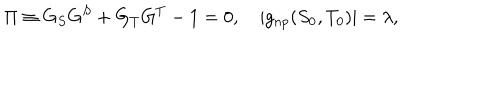
\Pi \equiv G _ { S } G ^ { S } + G _ { T } G ^ { T } - 1 = 0 , \quad | g _ { n p } ( S _ { 0 } , T _ { 0 } ) | = \lambda ,